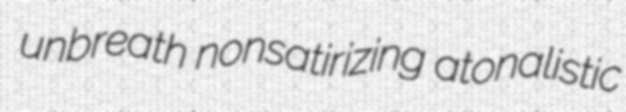
unbreath nonsatirizing atonalistic